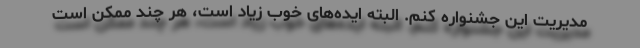
مدیریت این جشنواره کنم. البته ایده‌های خوب زیاد است، هر چند ممکن است